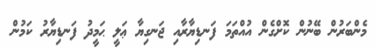
މެންބަރުން ބޭނުން ކޮށްގެން އުއްތަމަ ފަނޑިޔާރާއި ޖަނގިޔާ ޢަލީ ޙަމީދު ފަނޑިޔާރު ކަމުން